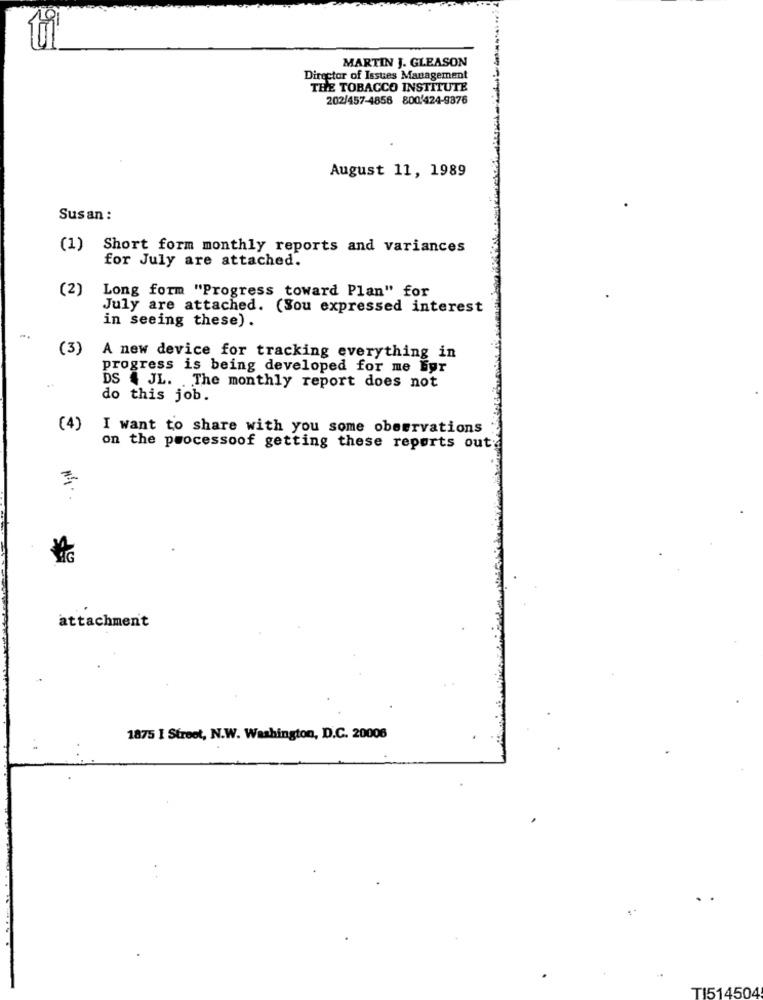
MARTIN J. GLEASON
Director of Issues Management
THE TOBACCO INSTITUTE
202/457-4856 800/424-9376
August 11, 1989
Susan :
(1) Short form monthly reports and variances
for July are attached.
(2)
Long form "Progress toward Plan" for
July are attached. (Sou expressed interest
in seeing these).
(3)
A new device for tracking everything in
progress is being developed for me For
DS 4 JL. . The monthly report does not
do this job.
(4)
I want to share with you some observations
on the processoof getting these reports out;
attachment
1875 I Street, N.W. Washington, D.C. 20006
TI514504